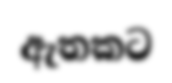
ඇතකට